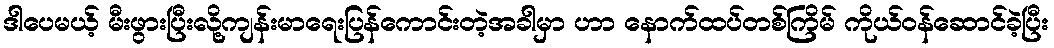
ဒါပေမယ့် မီးဖွားပြီးလို့ကျန်းမာရေးပြန်ကောင်းတဲ့အခါမှာ ဟာ နောက်ထပ်တစ်ကြိမ် ကိုယ်ဝန်ဆောင်ခဲ့ပြီး